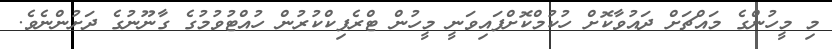
މި މީހުންގެ މައްޗަށް ދައުވާކޮށް ހުކުމްކޮށްފައިވަނީ މީހުން ޓްރެފިކްކުރުން ހުއްޓުވުމުގެ ގާނޫނުގެ ދަށުންނެވެ.